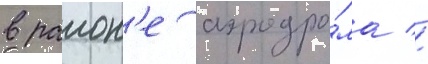
в раион'е аэродро́ма //